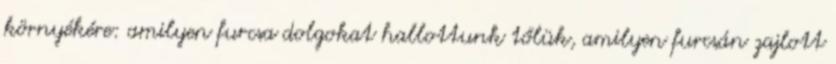
környékére: amilyen furcsa dolgokat hallottunk tőlük, amilyen furcsán zajlott